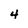
Character: 4